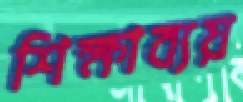
শিক্ষাব্যয়